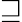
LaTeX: \sqsupseteq